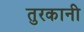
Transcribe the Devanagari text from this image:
तुरकानी